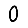
Digit: 0